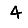
Digit: 4